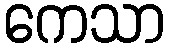
ကေသာ